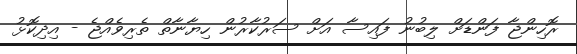
ރޮހިންޖާ ފަންޑަށް ލިބުނު ފައިސާ އަށް ސަރުކާރުން ހިޔާނާތް ތެރިވެއްޖެ - އިދިކޮޅު